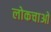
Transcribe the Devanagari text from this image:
लोकचाओ